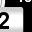
Digit: 2